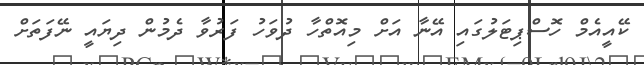
ކޭއީއެމް ހޮސްޕިޓަލުގައި އޭނާ އަށް މިއޮތްހާ ދުވަހު ފަރުވާ ދެމުން ދިޔައީ ނޭފަތަށް